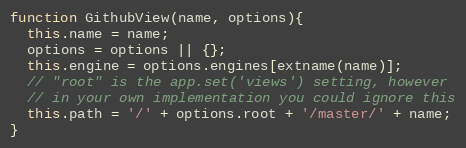
Language: JavaScript
function GithubView(name, options){
  this.name = name;
  options = options || {};
  this.engine = options.engines[extname(name)];
  // "root" is the app.set('views') setting, however
  // in your own implementation you could ignore this
  this.path = '/' + options.root + '/master/' + name;
}